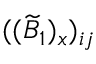
( ( \widetilde { B } _ { 1 } ) _ { x } ) _ { i j }